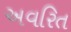
અવરિત